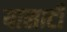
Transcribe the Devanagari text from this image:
यासाटी